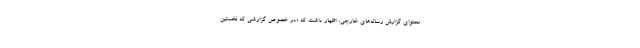
محتوای گزارش رسانه‌های خارجی، اظهار داشت که «در خصوص گزارشی که نخستین